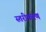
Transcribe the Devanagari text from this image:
स्‍तरीकरण